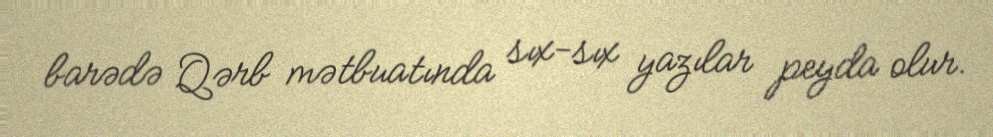
barədə Qərb mətbuatında sıx-sıx yazılar peyda olur.